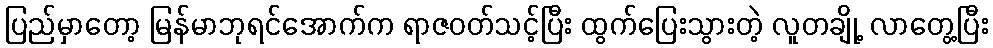
ပြည်မှာတော့ မြန်မာဘုရင်အောက်က ရာဇဝတ်သင့်ပြီး ထွက်ပြေးသွားတဲ့ လူတချို့ လာတွေ့ပြီး